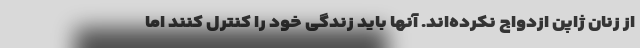
از زنان ژاپن ازدواج نکرده‌اند. آنها باید زندگی خود را کنترل کنند اما